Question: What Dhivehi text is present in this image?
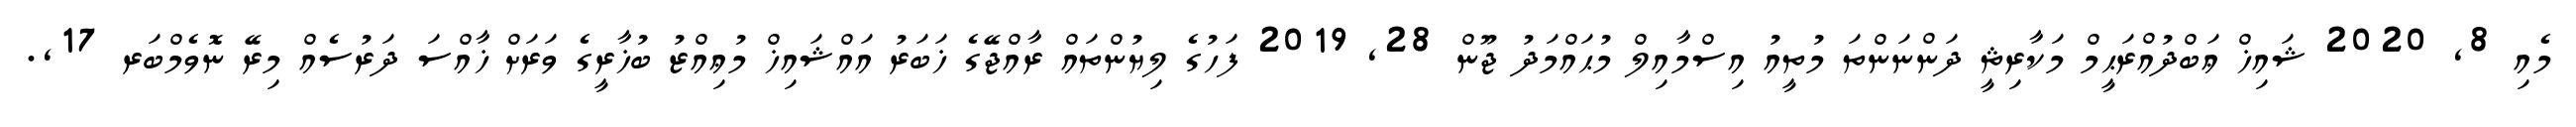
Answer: މެއި 8, 2020 ޝައިޚް ޢަބްދުއްރަޙީމް މަކާރިޘީ ދަންނަންތަ މުތީއު އިސްމާއިލް މުޙައްމަދު ޖޫން 28, 2019 ފަހުގެ ލިޔުންތައް ރާއްޖޭގެ ޚަބަރު އައްޝައިޚް މުޢިއްޒު ބުޚާރީގެ ވަރަށް ޚާއްސަ ދަރުސެއް މިރޭ ނޮވެމްބަރ 17,.